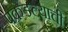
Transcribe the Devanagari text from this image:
पकडल्याची